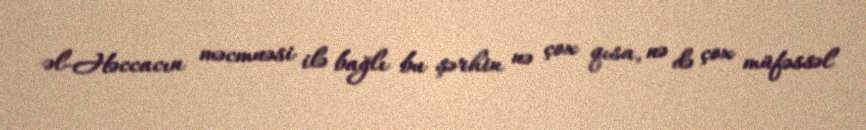
əl-Həccacın məcmuəsi ilə bağlı bu şərhin nə çox qısa, nə də çox müfəssəl